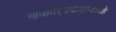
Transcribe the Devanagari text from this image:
गावात१दवाखानाआहे